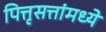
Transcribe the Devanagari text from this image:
पित्तृसत्तांमध्ये